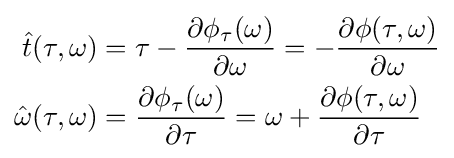
{\begin{aligned}{\hat {t}}(\tau ,\omega )&=\tau -{\frac {\partial \phi _{\tau }(\omega )}{\partial \omega }}=-{\frac {\partial \phi (\tau ,\omega )}{\partial \omega }}\\{\hat {\omega }}(\tau ,\omega )&={\frac {\partial \phi _{\tau }(\omega )}{\partial \tau }}=\omega +{\frac {\partial \phi (\tau ,\omega )}{\partial \tau }}\end{aligned}}